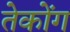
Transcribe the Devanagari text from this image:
तेकोंग